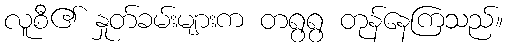
လူစီ၏ နှုတ်ခမ်းများက တရွရွ တုန်နေကြသည်။